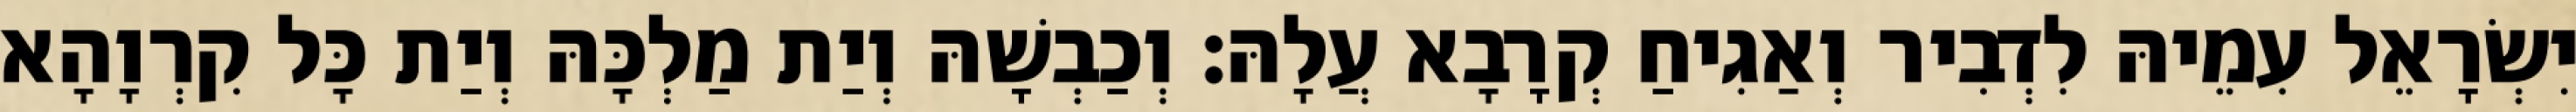
יִשְׂרָאֵל עִמֵיהּ לִדְבִיר וְאַגִיחַ קְרָבָא עֲלָהּ׃ וְכַבְשָׁהּ וְיַת מַלְכָּהּ וְיַת כָּל קִרְוָהָא